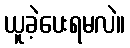
ယူခဲ့ပေးရမလဲ။